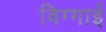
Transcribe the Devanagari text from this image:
विग्गाई